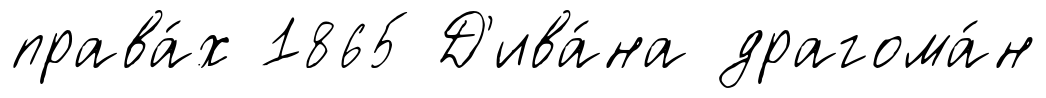
права́х 1865 Д'ива́на драгома́н